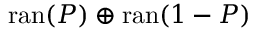
\operatorname { r a n } ( P ) \oplus \operatorname { r a n } ( 1 - P )